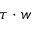
\tau \cdot w